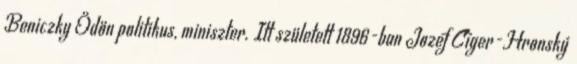
Beniczky Ödön politikus, miniszter. Itt született 1896-ban Jozef Cíger-Hronský